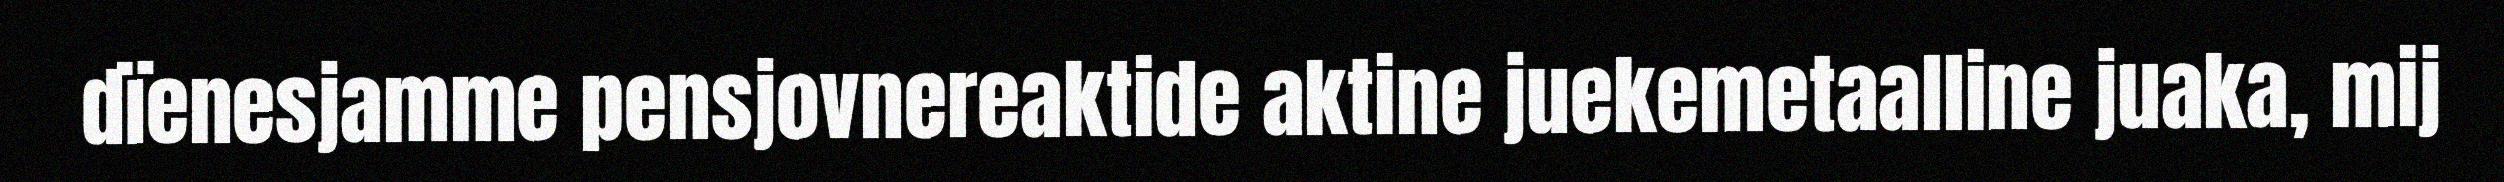
dïenesjamme pensjovnereaktide aktine juekemetaalline juaka, mij